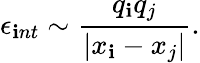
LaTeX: \epsilon_{\mathbf{i}nt}\sim\frac{{q_{\mathbf{i}}q_{j}}}{{|x_{\mathbf{i}}-x_{j}|}}.